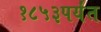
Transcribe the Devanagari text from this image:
१८५३पर्यंत